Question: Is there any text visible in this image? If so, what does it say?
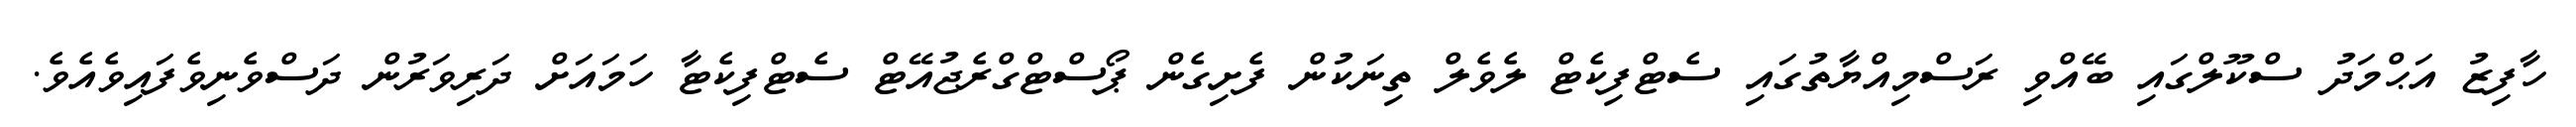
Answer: ހާފިޒު އަޙްމަދު ސްކޫލްގައި ބޭއްވި ރަސްމިއްޔާތުގައި ސެޓްފިކެޓް ލެވެލް ތިނަކުން ފެށިގެން ޕޯސްޓްގްރެޖުއޭޓް ސެޓްފިކެޓާ ހަމައަށް ދަރިވަރުން ދަސްވެނިވެފައިވެއެވެ.